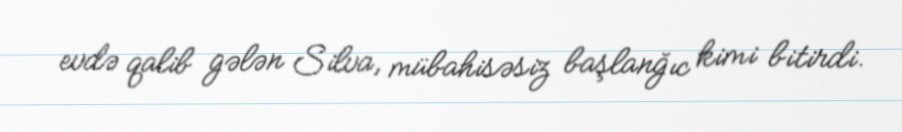
evdə qalib gələn Silva, mübahisəsiz başlanğıc kimi bitirdi.